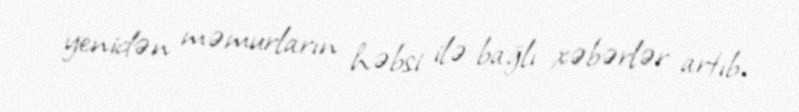
yenidən məmurların həbsi ilə bağlı xəbərlər artıb.